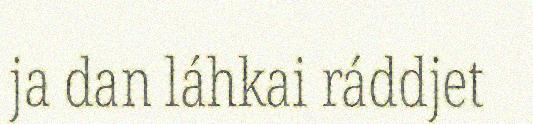
ja dan láhkai ráddjet